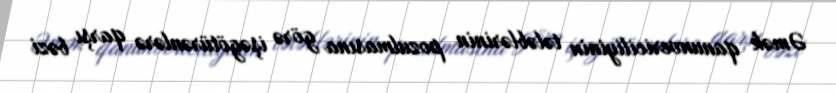
Əmək qanunvericiliyinin tələblərinin pozulmasına görə işəgötürənlərə qarşı bəzi